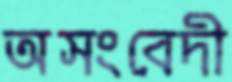
অসংবেদী